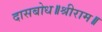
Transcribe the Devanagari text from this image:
दासबोध॥श्रीराम॥